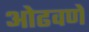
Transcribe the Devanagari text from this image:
ओढवणे